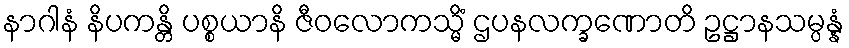
နာဂါနံ နိပကန္တိ ပစ္စယာနိ ဇီဝလောကသ္မိံ ဌပနလက္ခဏောတိ ဥဋ္ဌာနသမ္ပန္နံ